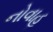
નોવાહ